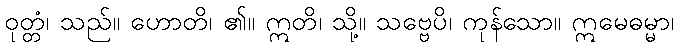
ဝုတ္တံ၊ သည်။ ဟောတိ၊ ၏။ ဣတိ၊ သို့။ သဗ္ဗေပိ၊ ကုန်သော။ ဣမေဓမ္မာ၊